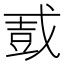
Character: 𫻿